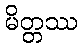
မိတ္တဿ